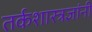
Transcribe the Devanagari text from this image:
तर्कशास्त्रज्ञांनी